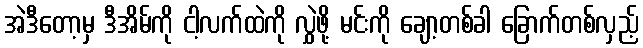
အဲဒီတော့မှ ဒီအိမ်ကို ငါ့လက်ထဲကို လွှဲဖို့ မင်းကို ချော့တစ်ခါ ခြောက်တစ်လှည့်